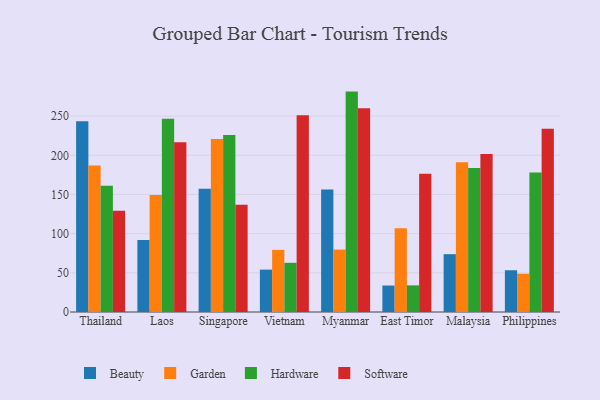
{"axis": {"x": "Country", "y": "Latency (ms)"}, "legend": ["Beauty", "Garden", "Hardware", "Software"], "data": [{"x": "Thailand", "y": 243.6, "type": "Beauty"}, {"x": "Thailand", "y": 187.1, "type": "Garden"}, {"x": "Thailand", "y": 161.1, "type": "Hardware"}, {"x": "Thailand", "y": 129.3, "type": "Software"}, {"x": "Laos", "y": 91.9, "type": "Beauty"}, {"x": "Laos", "y": 149.4, "type": "Garden"}, {"x": "Laos", "y": 246.5, "type": "Hardware"}, {"x": "Laos", "y": 216.8, "type": "Software"}, {"x": "Singapore", "y": 157.3, "type": "Beauty"}, {"x": "Singapore", "y": 220.9, "type": "Garden"}, {"x": "Singapore", "y": 225.8, "type": "Hardware"}, {"x": "Singapore", "y": 137.0, "type": "Software"}, {"x": "Vietnam", "y": 54.1, "type": "Beauty"}, {"x": "Vietnam", "y": 79.3, "type": "Garden"}, {"x": "Vietnam", "y": 62.8, "type": "Hardware"}, {"x": "Vietnam", "y": 251.2, "type": "Software"}, {"x": "Myanmar", "y": 156.4, "type": "Beauty"}, {"x": "Myanmar", "y": 79.7, "type": "Garden"}, {"x": "Myanmar", "y": 281.3, "type": "Hardware"}, {"x": "Myanmar", "y": 260.0, "type": "Software"}, {"x": "East Timor", "y": 33.8, "type": "Beauty"}, {"x": "East Timor", "y": 106.8, "type": "Garden"}, {"x": "East Timor", "y": 34.0, "type": "Hardware"}, {"x": "East Timor", "y": 176.3, "type": "Software"}, {"x": "Malaysia", "y": 73.8, "type": "Beauty"}, {"x": "Malaysia", "y": 191.1, "type": "Garden"}, {"x": "Malaysia", "y": 183.8, "type": "Hardware"}, {"x": "Malaysia", "y": 201.7, "type": "Software"}, {"x": "Philippines", "y": 53.3, "type": "Beauty"}, {"x": "Philippines", "y": 48.8, "type": "Garden"}, {"x": "Philippines", "y": 178.2, "type": "Hardware"}, {"x": "Philippines", "y": 233.9, "type": "Software"}]}